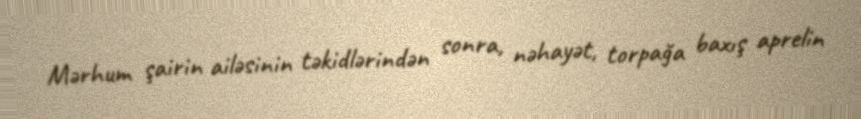
Mərhum şairin ailəsinin təkidlərindən sonra, nəhayət, torpağa baxış aprelin